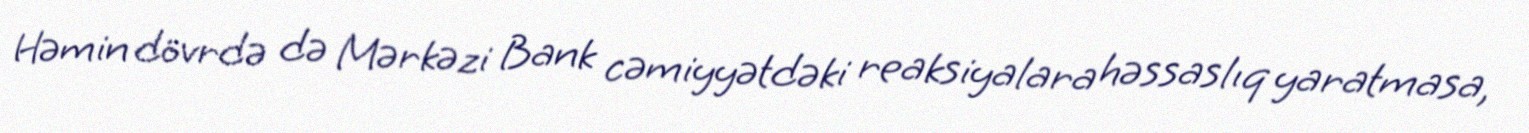
Həmin dövrdə də Mərkəzi Bank cəmiyyətdəki reaksiyalara həssaslıq yaratmasa,